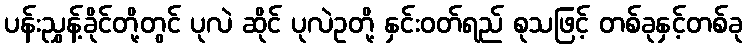
ပန်းညွှန့်ခိုင်တို့တွင် ပုလဲ ဆိုင် ပုလဲဥတို့ နှင်းဝတ်ရည် စုသဖြင့် တစ်ခုနှင့်တစ်ခု